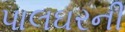
પાલઘરની